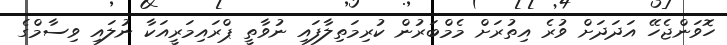
ހޮވަންޖެހޭ އަދަދަށް ވުރެ އިތުރަށް މެމްބަރުން ކުރިމަތިލާފައި ނުވާތީ ޕްރައިމަރީއަކާ ނުލައި ވިސާމްގެ